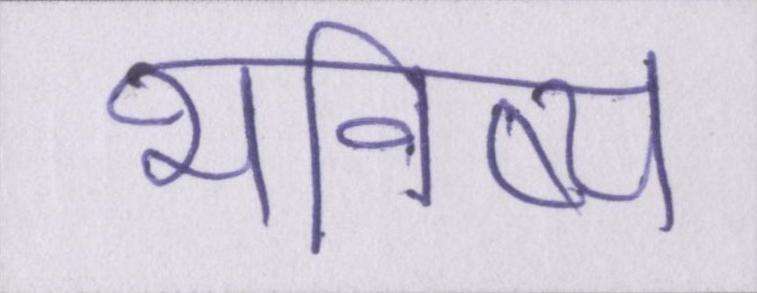
भविष्य